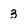
Character: 3